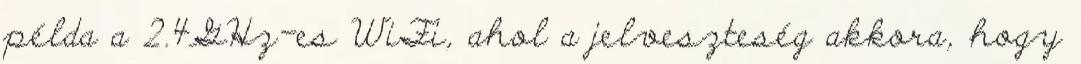
példa a 2.4GHz-es WiFi, ahol a jelveszteség akkora, hogy